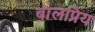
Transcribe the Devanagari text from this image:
बालप्रिय